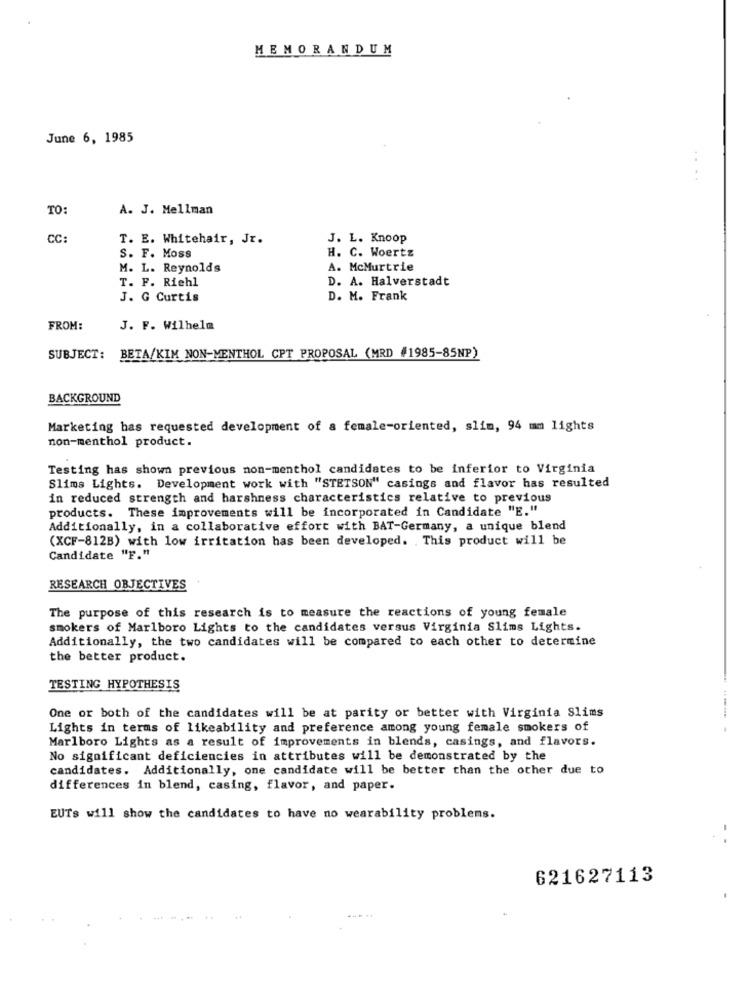
MEMORANDUM
June 6, 1985
TO:
A. J. Mellman
CC:
T. E. Whitehair, Jr.
J. L. Knoop
S. F. Moss
H. C. Woertz
M. L. Reynolds
A. McMurtrie
T. F. Riehl
D. A. Halverstadt
J. G Curtis
D. M. Frank
FROM:
J. F. Wilhelm
SUBJECT: BETA/KIM NON-MENTHOL CPT PROPOSAL (MRD #1985-85NP)
BACKGROUND
Marketing has requested development of a female-oriented, slim, 94 mm lights
non-menthol product.
Testing has shown previous non-menthol candidates to be inferior to Virginia
Slims Lights. Development work with "STETSON" casings and flavor has resulted
in reduced strength and harshness characteristics relative to previous
products. These improvements will be incorporated in Candidate "E."
Additionally, in a collaborative effort with BAT-Germany, a unique blend
(XCF-812B) with low irritation has been developed. . This product will be
Candidate "F."
RESEARCH OBJECTIVES
The purpose of this research is to measure the reactions of young female
smokers of Marlboro Lights to the candidates versus Virginia Slims Lights.
Additionally, the two candidates will be compared to each other to determine
the better product.
TESTING HYPOTHESIS
One or both of the candidates will be at parity or better with Virginia Slims
Lights in terms of likeability and preference among young female smokers of
Marlboro Lights as a result of improvements in blends, casings, and flavors.
No significant deficiencies in attributes will be demonstrated by the
candidates. Additionally, one candidate will be better than the other due to
differences in blend, casing, flavor, and paper.
EUTs will show the candidates to have no wearability problems.
. .
621627113